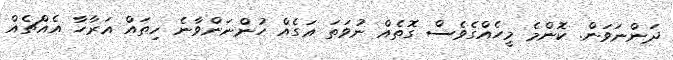
ދަންނަވަން. ކޮންމެ މީހެއްގެވެސް ގޮތެއް ނުވަތަ އަގެއް ހުންނަންވާނެ ހިތައް އަރާހާ އެއްޗެއް